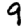
Digit: 9